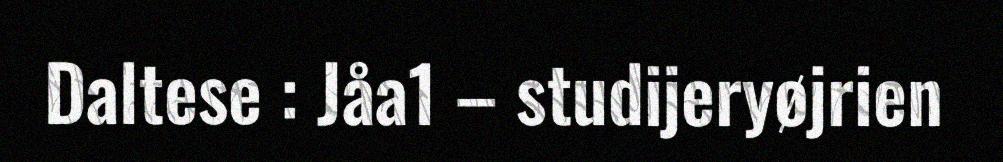
Daltese : Jåa1 – studijeryøjrien